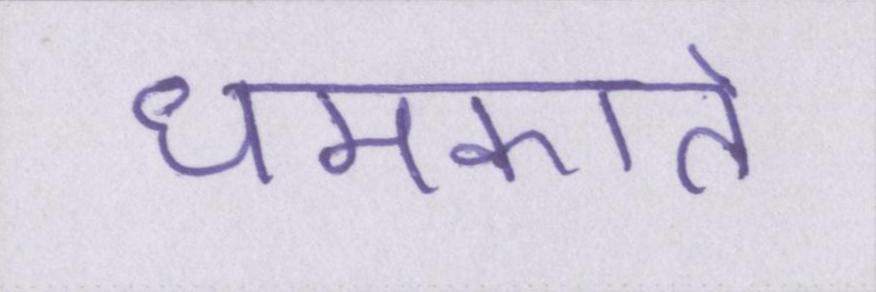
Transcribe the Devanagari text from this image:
धमकाते